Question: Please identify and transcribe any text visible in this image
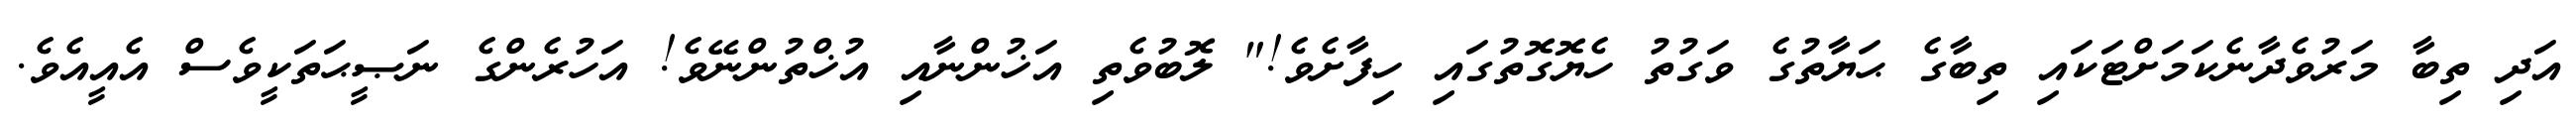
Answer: އަދި ތިބާ މަރުވެދާނެކަމަށްޓަކައި ތިބާގެ ޙަޔާތުގެ ވަގުތު ހެޔޮގޮތުގައި ހިފާށެވެ!" ލޮބުވެތި އަޚުންނާއި އުޚްތުންނޭވެ! އަހުރެންގެ ނަޞީޙަތަކީވެސް އެއީއެވެ.